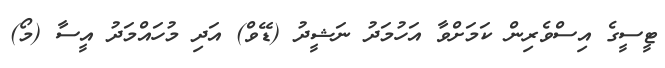
ޓީސީގެ އިސްވެރިން ކަމަށްވާ އަހުމަދު ނަޝީދު (ޑޭވް) އަދި މުހައްމަދު އީސާ (މޯ)